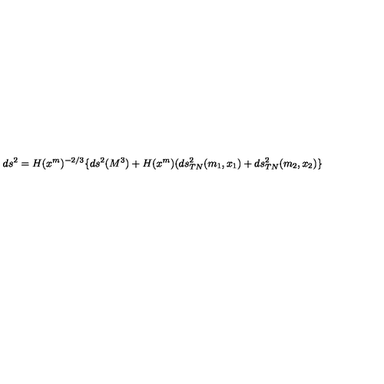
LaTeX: d s ^ { 2 } = H ( x ^ { m } ) ^ { - 2 / 3 } \lbrace d s ^ { 2 } ( M ^ { 3 } ) + H ( x ^ { m } ) ( d s _ { T N } ^ { 2 } ( m _ { 1 } , x _ { 1 } ) + d s _ { T N } ^ { 2 } ( m _ { 2 } , x _ { 2 } ) \rbrace